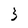
Character: 3